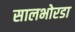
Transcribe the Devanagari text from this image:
सालभोरडा